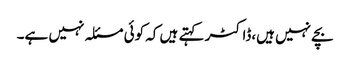
بچے نہیں ہیں،ڈاکٹر کہتے ہیں کہ کوئی مسئلہ نہیں ہے۔